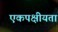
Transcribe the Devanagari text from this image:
एकपक्षीयता